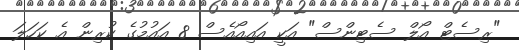
"ރިސެޓް އޯލް ސެޓިންސް" އަކީ އައިއޯއެސް 8 އައުމުގެ ކުރިން އެ ކަހަލަ